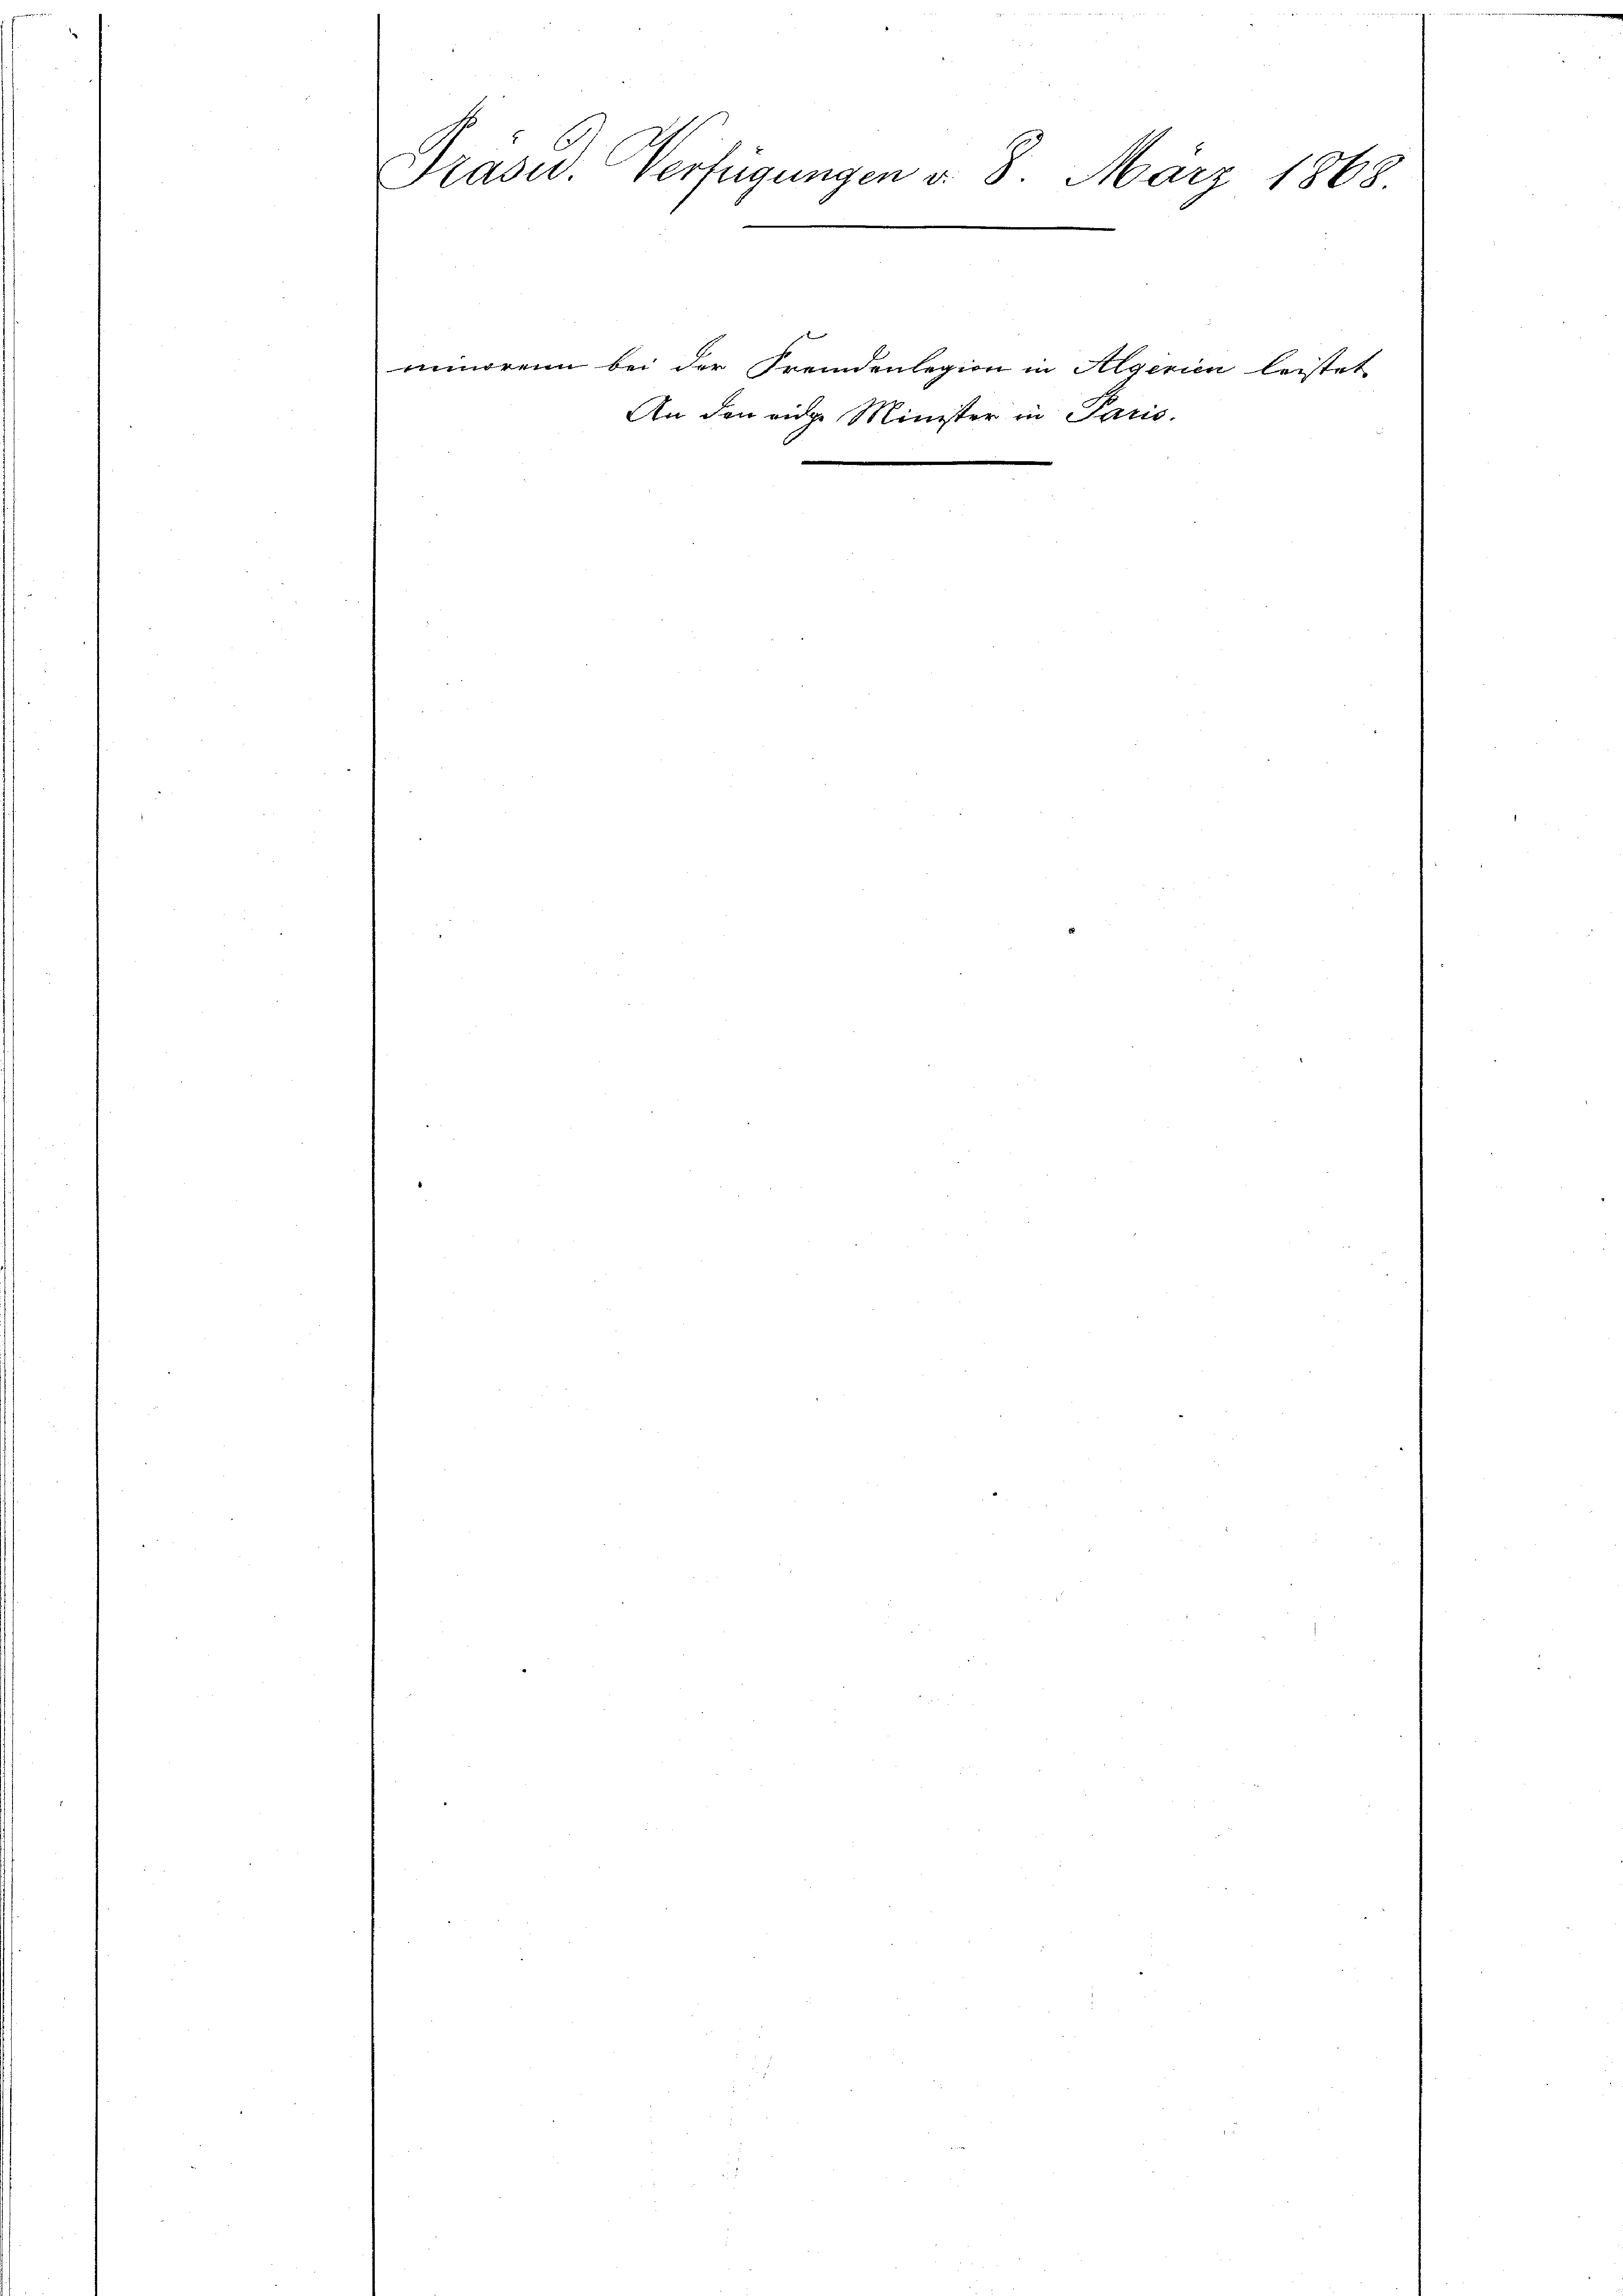
Präsid. Verfügungen v. 8.
März 1868
.
e

minorenn bei der Fremdenlegion in Algerien leistet
An den eidge Minister in Paris.